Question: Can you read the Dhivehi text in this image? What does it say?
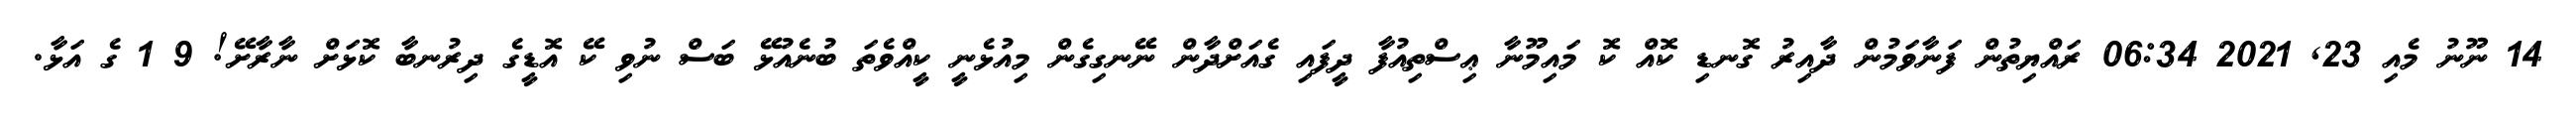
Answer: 14 ނޫނު މެއި 23, 2021 06:34 ރައްޔިތުން ފަނާވަމުން ދާއިރު ގޮނޑި ކޮއް ކޮ މައިމޫނާ ޢިސްތިއުފާ ދީފައި ގެއަށްދާން ނޭނގިގެން މިއުޅެނީ ކީއްވެތަ ބުނެއުޅޭ ބަސް ނުވި ކޭ އޮޑީގެ ދިރުނބާ ކޮޅަށް ނާރާށޭ! 9 1 ގެ އަޅާ.